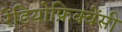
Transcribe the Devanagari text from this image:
रेडियोफ्रिक्वेंसी